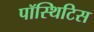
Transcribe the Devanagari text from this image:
पॉस्थिटिस